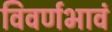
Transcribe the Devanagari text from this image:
विवर्णभावं